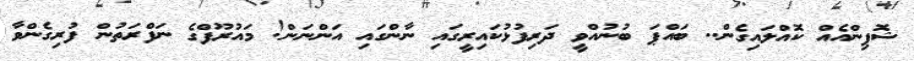
ޝޮޕިންއެއް ކޮއްލައިގެން.. ބައްޕަ ބުނުއްވީ ދަރިފުޅުކައިރީގައި ނާންގައި އަންނަން! މައުރޫފްގެ ނަފްރަތުން ފުރިގެންވާ